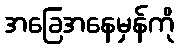
အခြေအနေမှန်ကို